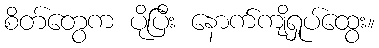
စိတ်တွေက ပိုပြီး နောက်ကျိရှုပ်ထွေး။